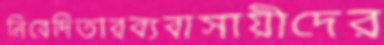
নিবেদিতারব্যবাসায়ীদের